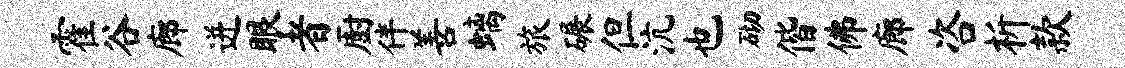
霍谷廊迸眼者厨伴善螭旅碾但沆也砌偕佛廊咨析款